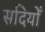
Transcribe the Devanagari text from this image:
सदियोँ